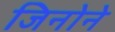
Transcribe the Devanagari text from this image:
जिनोने